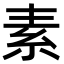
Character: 素